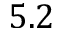
5 . 2